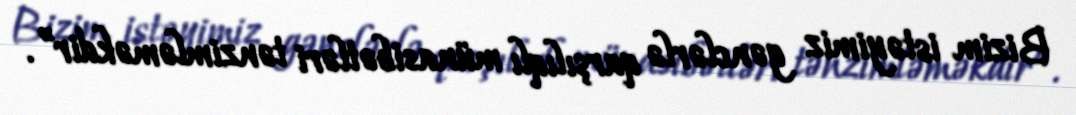
Bizim istəyimiz gənclərlə qarşılıqlı münasibətləri tənzimləməkdir”.